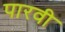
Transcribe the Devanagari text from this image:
पारवी